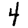
Digit: 4